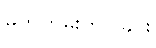
မှတ်တမ်းတင်ခြင်း